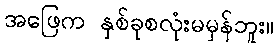
အဖြေက နှစ်ခုစလုံးမမှန်ဘူး။